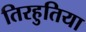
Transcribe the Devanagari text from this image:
तिरहुतिया